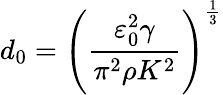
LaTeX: d_{0}=\left(\frac{\varepsilon_{0}^{2}\gamma}{\pi^{2}\rho K^{2}}\right)^{\frac{1}{3}}